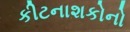
કીટનાશકોનો